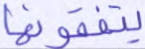
ينفقونها